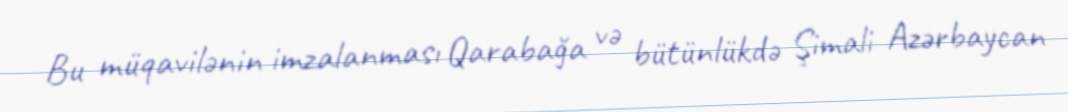
Bu müqavilənin imzalanması Qarabağa və bütünlükdə Şimali Azərbaycan